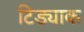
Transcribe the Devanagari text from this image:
टिड्याक